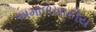
અમાળખાકીય